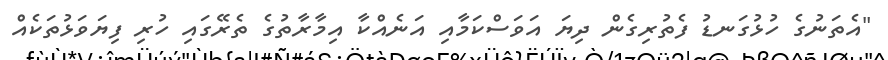
"އެތަނުގެ ހުޅުގަނޑު ފެތުރިގެން ދިޔަ އަވަސްކަމާއި އަނެއްކާ އިމާރާތުގެ ތެރޭގައި ހުރި ފިޔަވަޅުތަކެއް